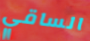
الساقي